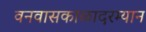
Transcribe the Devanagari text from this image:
वनवासकाळादरम्यान